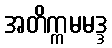
အတိက္ကမမဒ္ဒ